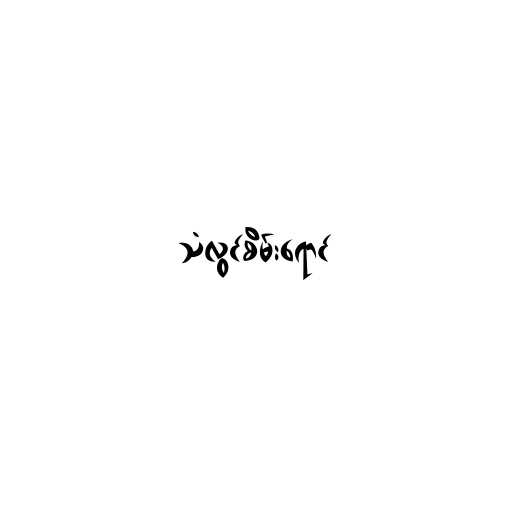
သံလွင်စိမ်းရောင်